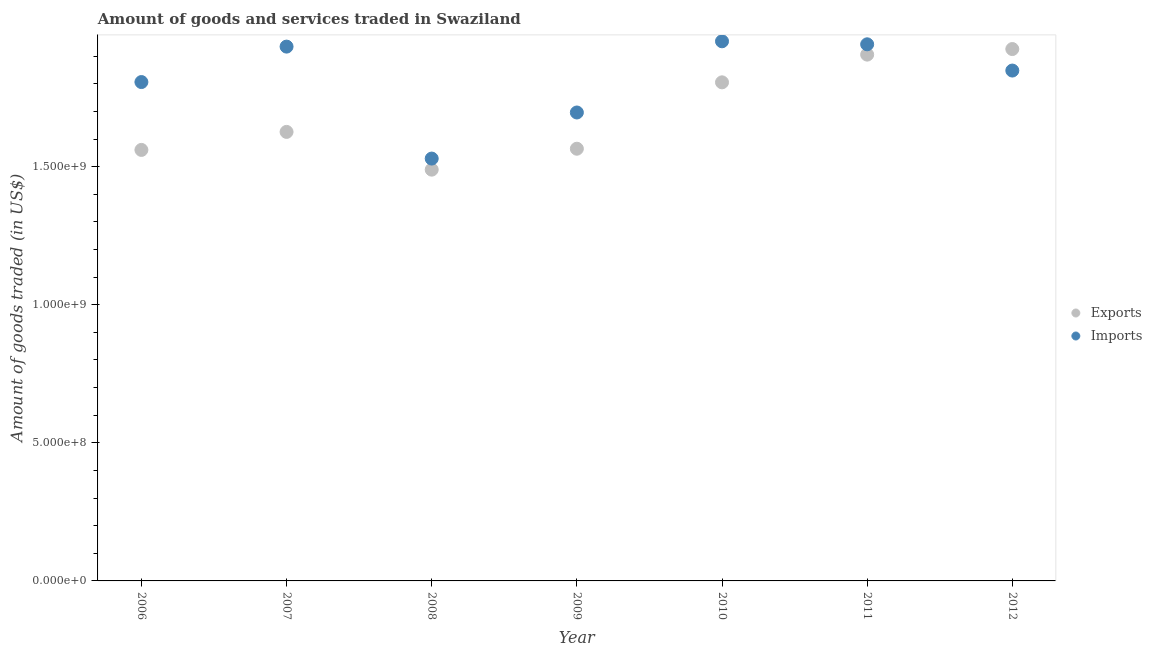
| Year | Exports | Imports |
 | --- | --- | --- |
 | 2006 | 1.56e+09 | 1.81e+09 |
 | 2007 | 1.63e+09 | 1.93e+09 |
 | 2008 | 1.49e+09 | 1.53e+09 |
 | 2009 | 1.56e+09 | 1.7e+09 |
 | 2010 | 1.81e+09 | 1.95e+09 |
 | 2011 | 1.91e+09 | 1.94e+09 |
 | 2012 | 1.93e+09 | 1.85e+09 |